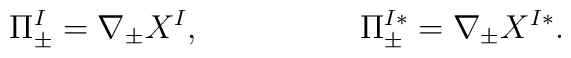
\Pi_\pm^I=\nabla_\pm X^I, \hskip 2truecm\Pi_\pm^{I*}=\nabla_\pm X^{I*}.